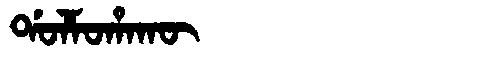
Manchu: ᡩᠣᠯᠮᠣᡥᠠᡴᡡ
Romanization: DOLMOHAKŪ